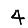
Digit: 4